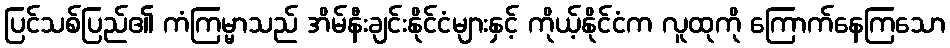
ပြင်သစ်ပြည်၏ ကံကြမ္မာသည် အိမ်နီးချင်းနိုင်ငံများနှင့် ကိုယ့်နိုင်ငံက လူထုကို ကြောက်နေကြသော